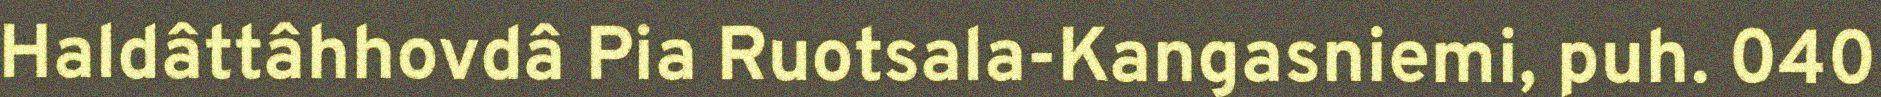
Haldâttâhhovdâ Pia Ruotsala-Kangasniemi, puh. 040